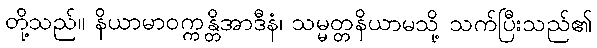
တို့သည်။ နိယာမာဝက္ကန္တိအာဒီနံ၊ သမ္မတ္တနိယာမသို့ သက်ပြီးသည်၏